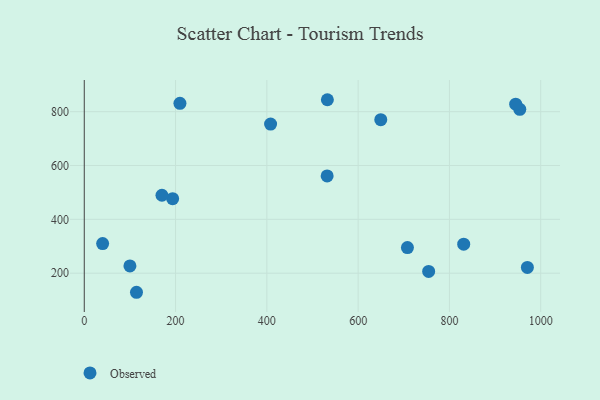
{"axis": {"x": "Distance", "y": "Rating"}, "legend": ["Observed"], "data": [{"x": "40.2", "y": 310.1, "type": "Observed"}, {"x": "193.6", "y": 476.8, "type": "Observed"}, {"x": "114.4", "y": 129.1, "type": "Observed"}, {"x": "831.3", "y": 307.9, "type": "Observed"}, {"x": "532.6", "y": 844.4, "type": "Observed"}, {"x": "754.5", "y": 206.7, "type": "Observed"}, {"x": "954.2", "y": 808.7, "type": "Observed"}, {"x": "209.6", "y": 831.1, "type": "Observed"}, {"x": "708.0", "y": 295.0, "type": "Observed"}, {"x": "100.0", "y": 226.9, "type": "Observed"}, {"x": "649.6", "y": 770.2, "type": "Observed"}, {"x": "945.2", "y": 828.0, "type": "Observed"}, {"x": "408.2", "y": 753.8, "type": "Observed"}, {"x": "532.1", "y": 561.3, "type": "Observed"}, {"x": "970.8", "y": 221.5, "type": "Observed"}, {"x": "170.2", "y": 489.5, "type": "Observed"}]}